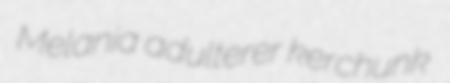
Melania adulterer kerchunk